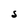
Character: S